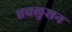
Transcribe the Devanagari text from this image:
एवलुशन